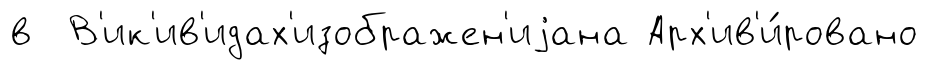
в В'ик'ив'идах'изображен'иjана Арх'ив'и́ровано